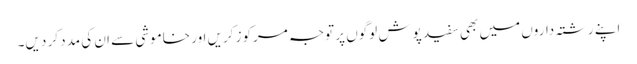
اپنے رشتہ داروں میں بھی سفید پوش لوگوں پر توجہ مرکوز کریں اور خاموشی سے ان کی مدد کر دیں۔